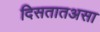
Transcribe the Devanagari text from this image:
दिसतातअसा